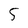
Character: 5